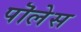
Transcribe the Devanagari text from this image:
पॊलेस